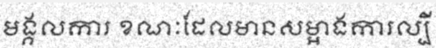
មង្គលការ ខណៈដែលមានសម្អាងការល្បី